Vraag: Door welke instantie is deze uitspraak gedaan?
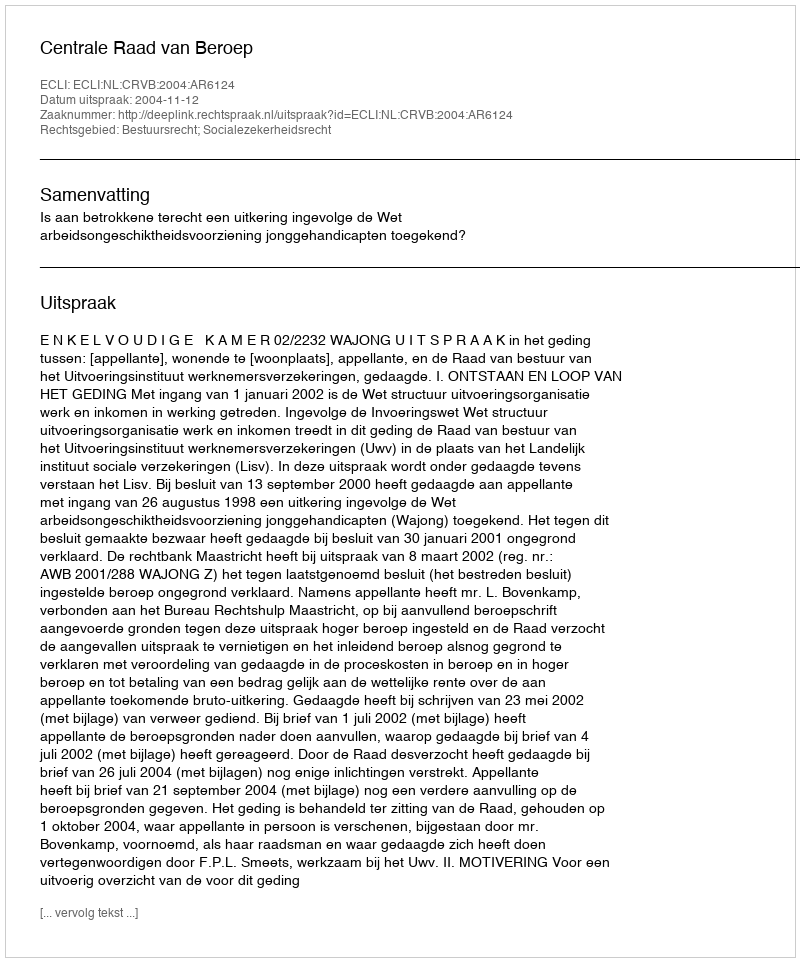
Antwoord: Centrale Raad van Beroep